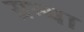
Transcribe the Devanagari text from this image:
ग्रन्था